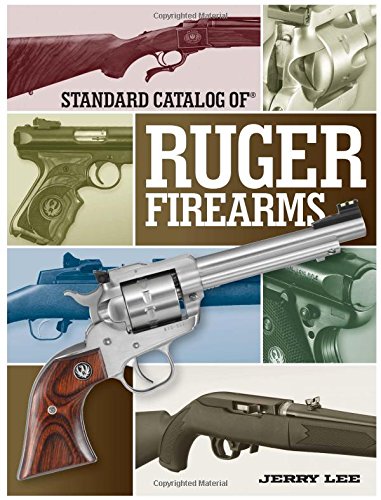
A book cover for Standard Catalog Of Ruger Firearms; Jerry Lee; Crafts, Hobbies & Home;